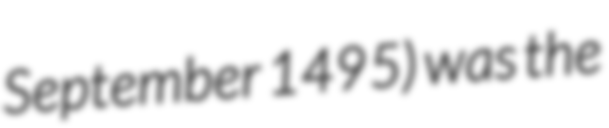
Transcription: September 1495) was the